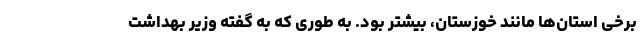
برخی استان‌ها مانند خوزستان، بیشتر بود. به طوری که به گفته وزیر بهداشت